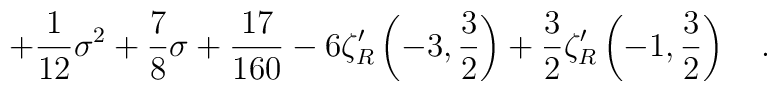
+{1 \over 12}\sigma^2 + {7 \over 8} \sigma +{17 \over 160} -6 \zeta_{R}'\left(-3,\frac 32\right)+ \frac 32 \zeta_{R}'\left(-1,\frac 32\right)~~~.